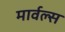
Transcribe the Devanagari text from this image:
मार्वल्स